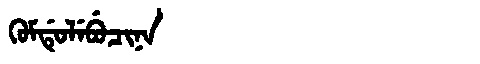
Manchu: ᡴᡠᠮᡩᡠᠯᡝᠪᡠᠴᡳᠨᠠ
Romanization: KUMDULEBUCINA